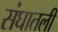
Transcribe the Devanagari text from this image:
संघातली